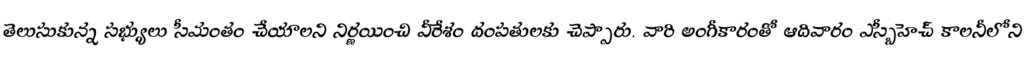
తెలుసుకున్న సభ్యులు సీమంతం చేయాలని నిర్ణయించి వీరేశం దంపతులకు చెప్పారు. వారి అంగీకారంతో ఆదివారం ఎస్బీహెచ్ కాలనీలోని